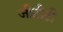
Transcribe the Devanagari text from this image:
जीटीटी